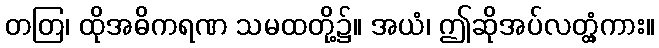
တတြ၊ ထိုအဓိကရဏ သမထတို့၌။ အယံ၊ ဤဆိုအပ်လတ္တံ့ကား။